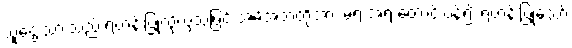
သူဌေးသားသည် ရဟန်းပြုလိုလှသဖြင့် အမိအဘတို့အား မရ အရ တောင်းပန်၍ ရဟန်းပြုသော်